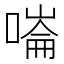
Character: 𠼩